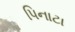
પિનાટા